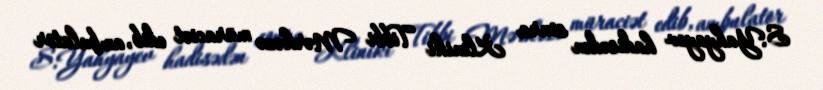
S.Yahyayev hadisədən sonra Kliniki Tibbi Mərkəzə müraciət edib, ambulator